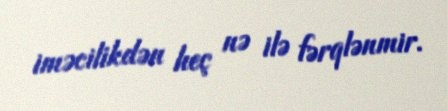
iməcilikdən heç nə ilə fərqlənmir.